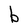
Character: b